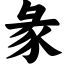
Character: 彖